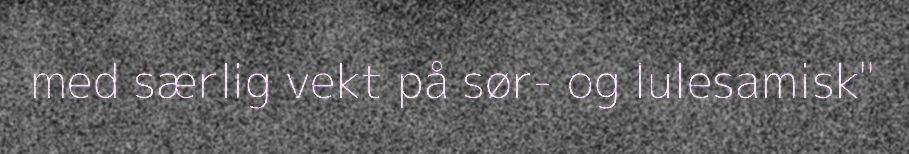
med særlig vekt på sør- og lulesamisk"